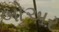
બોઅર